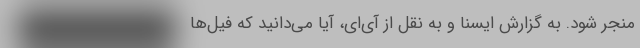
منجر شود. به گزارش ایسنا و به نقل از آی‌ای، آیا می‌دانید که فیل‌ها